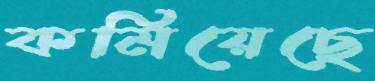
কমিয়েছে